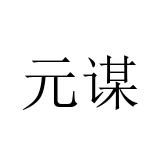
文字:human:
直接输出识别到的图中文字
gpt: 元谋